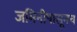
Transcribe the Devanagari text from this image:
जमिनीपासूनच